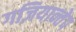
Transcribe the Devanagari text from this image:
गज़ियान्तेप